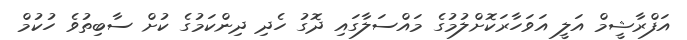
އަފްރާޝީމް އަލީ އަވަހާރަކޮށްލުމުގެ މައްސަލާގައި ދޮގު ހެދި ދިންކަމުގެ ކުށް ސާބިތުވެ ހުކުމް